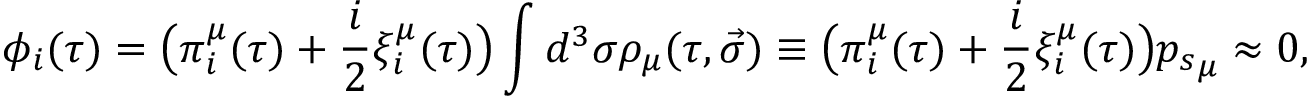
\phi _ { i } ( \tau ) = \big ( \pi _ { i } ^ { \mu } ( \tau ) + \frac i 2 \xi _ { i } ^ { \mu } ( \tau ) \big ) \int { d ^ { 3 } \sigma \rho _ { \mu } ( \tau , \vec { \sigma } ) \equiv \big ( \pi _ { i } ^ { \mu } ( \tau ) + \frac i 2 \xi _ { i } ^ { \mu } ( \tau ) \big ) { p _ { s } } _ { \mu } } \approx 0 ,